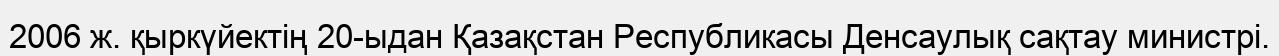
2006 ж. қыркүйектің 20-ыдан Қазақстан Республикасы Денсаулық сақтау министрi.